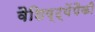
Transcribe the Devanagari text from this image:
वैशिष्ट्येंपैकी